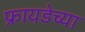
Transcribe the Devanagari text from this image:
फ्रायडेच्या